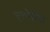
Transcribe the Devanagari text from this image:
तुलोईची